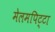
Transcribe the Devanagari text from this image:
मेलमपिट्टा